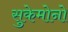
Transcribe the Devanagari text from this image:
सुकेमोनो